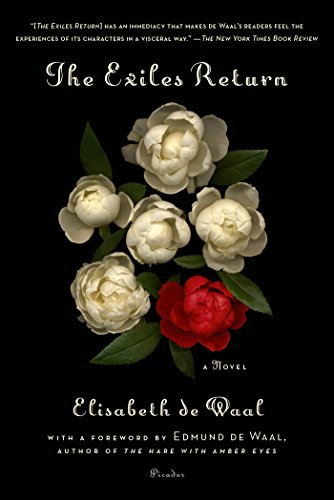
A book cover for The Exiles Return: A Novel; Elisabeth de Waal; Literature & Fiction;